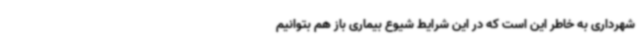
شهرداری به خاطر این است که در این شرایط شیوع بیماری باز هم بتوانیم